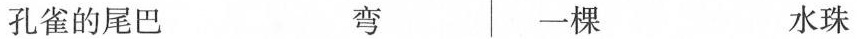
孔雀的尾巴 弯 一棵 水珠